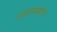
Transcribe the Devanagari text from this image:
नारायनगंज